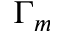
\Gamma _ { m }